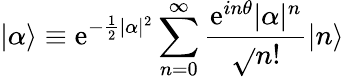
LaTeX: |\alpha\rangle\equiv\mathrm{e}^{-\frac{{1}}{{2}}|\alpha|^{2}}\sum_{n=0}^{\infty}\frac{{\mathrm{e}^{in\theta}|\alpha|^{n}}}{{\sqrt{}{{n!}}}}|n\rangle